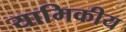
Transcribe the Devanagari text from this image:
यामिकीय